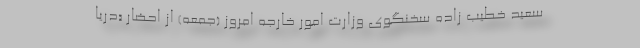
سعید خطیب زاده سخنگوی وزارت امور خارجه امروز (جمعه) از احضار «دریا